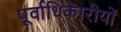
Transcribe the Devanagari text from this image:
पूर्वाधिकारीयों